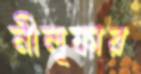
নীলূফার